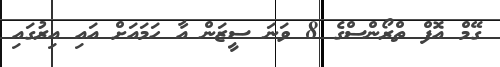
ގޭމް އޮފް ތްރޯންސްގެ 8 ވަނަ ސީޒަން އާ ހަމައަށް އައި އިރުގައި